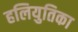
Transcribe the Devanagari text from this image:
हलियुतिका